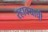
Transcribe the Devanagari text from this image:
रहावयाची